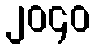
၂၀၄၀